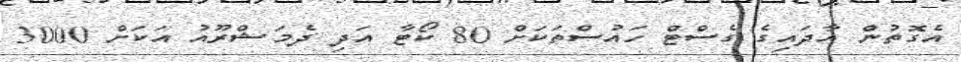
އެގޮތުން އާދައިގެ ގެސްޓް ހައުސްތަކަށް 80 ކޯޓާ އަދި ދެމަޝްރޫއު އަކަށް 3000